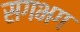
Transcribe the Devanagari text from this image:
सगभग